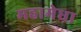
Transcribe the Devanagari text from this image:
महामेधा